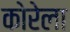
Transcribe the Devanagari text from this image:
कोरेला